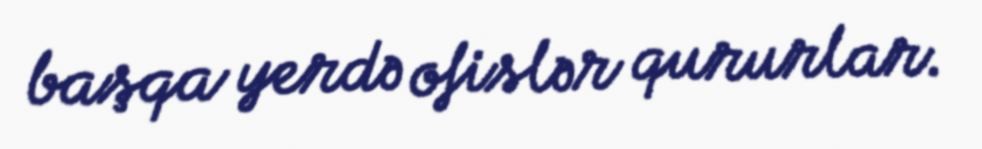
başqa yerdə ofislər qururlar.